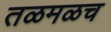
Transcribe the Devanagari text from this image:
तळमळच